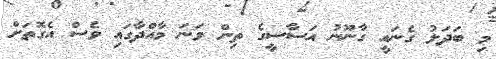
މި ބަދަލު ގެނައީ ގާނޫނު އަސާސީގެ ތިން ވަނަ މާއްދާގައި ވެސް އެގޮތަށް